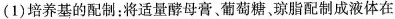
(1)培养基的配制：将适量酵母膏、葡萄糖琼脂配制成液体在